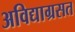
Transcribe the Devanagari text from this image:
अविद्याग्रसत